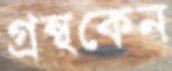
গ্রন্থকেন